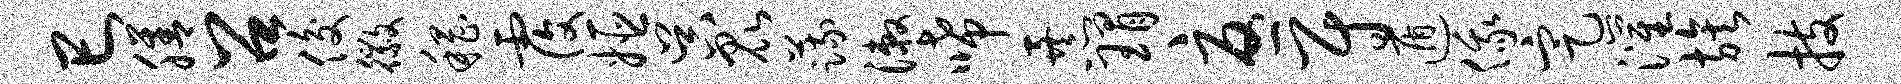
巳膳召俊徽稽覆姬吴昆蔬漱唏暴瑁忧尉遁俄定灌族技